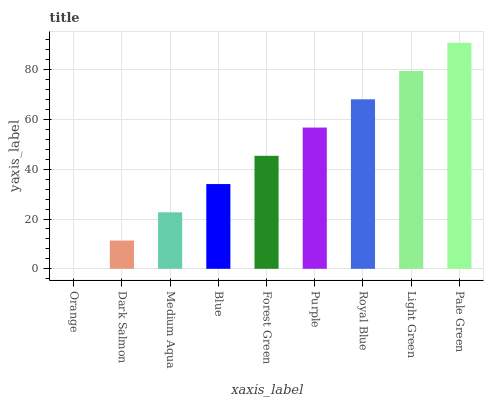
| xaxis_label | bars |
 | --- | --- |
 | Orange | 0 |
 | Dark Salmon | 11.3 |
 | Medium Aqua | 22.7 |
 | Blue | 34 |
 | Forest Green | 45.4 |
 | Purple | 56.7 |
 | Royal Blue | 68.1 |
 | Light Green | 79.4 |
 | Pale Green | 90.8 |